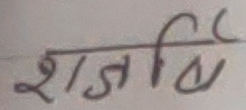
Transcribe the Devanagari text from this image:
शजिर्व